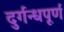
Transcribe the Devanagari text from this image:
दुर्गन्धपूर्ण